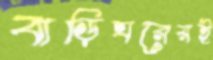
বাড়িঘরেরই